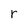
Character: r